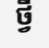
ថ្វី